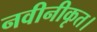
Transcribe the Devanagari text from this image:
नवीनीकृत।